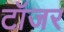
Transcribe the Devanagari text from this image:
टॉजर